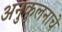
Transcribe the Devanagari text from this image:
अनुकुलनाचे